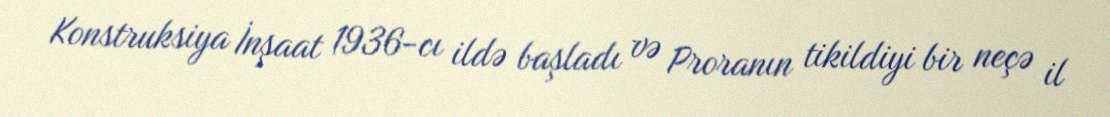
Konstruksiya İnşaat 1936-cı ildə başladı və Proranın tikildiyi bir neçə il